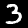
Digit: 3